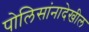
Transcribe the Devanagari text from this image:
पोलिसांनादेखील